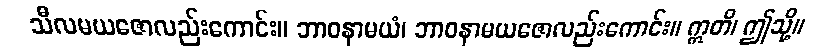
သီလမယဇောလည်းကောင်း။ ဘာဝနာမယံ၊ ဘာဝနာမယဇောလည်းကောင်း။ ဣတိ၊ ဤသို့။